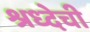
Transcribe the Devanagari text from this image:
श्रध्देची